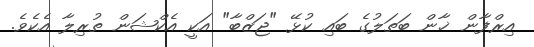
އިރްފާން ޚާން ބަތަލުގެ ބައި ކުޅޭ "ޖަޒްބާ" އަކީ އެކްޝަން ތުރިލާ އެކެވެ.